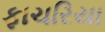
ફાચરિયા